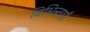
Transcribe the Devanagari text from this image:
विभिन्न्ताएँ